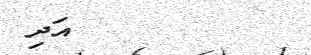
٧١         އަދި